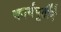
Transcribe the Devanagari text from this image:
कार्यपूर्तीने